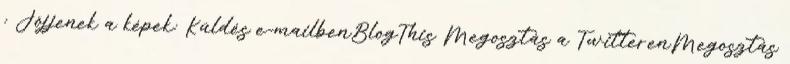
: Jöjjenek a képek: Küldés e-mailbenBlogThis Megosztás a TwitterenMegosztás